Report on vaccination in Madras 1904-1921 - 1904-1921
Year: 1904
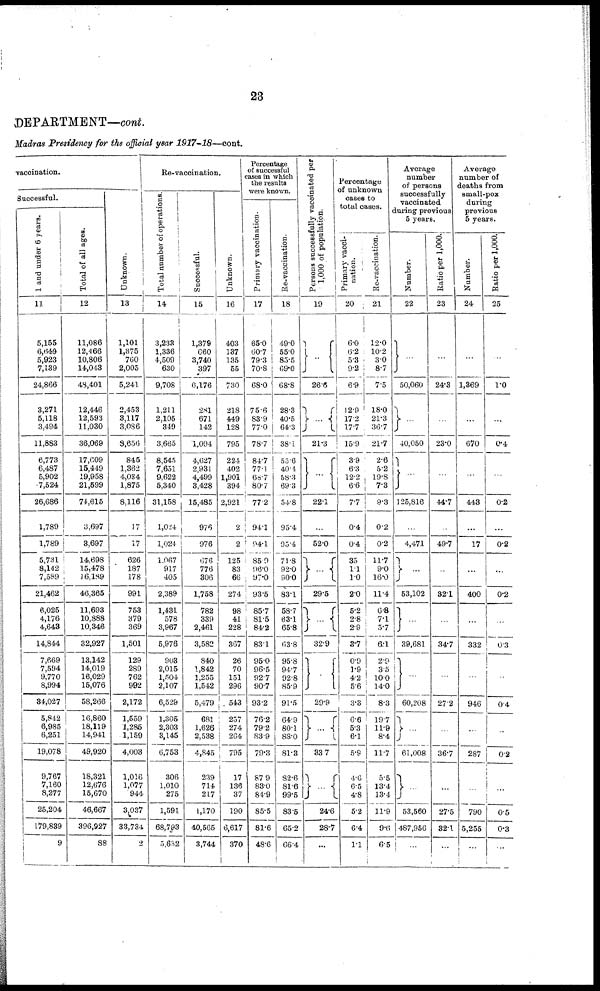
23
DEPARTMENT—cont.
Madras Presidency for the official year 1917-18—cont.
vaccination.
Successful.
1 and under 6 years.
11
5,155
6,649
5,923
7,139
24,866
3,271
5,118
3,494
11,883
6,773
6,487
5,902
7,524
26,686
1,789
1,789
5,731
8,142
7,589
21,462
6,025
4,176
4,643
14,844
7,669
7,594
9,770
8,994
34,027
5,842
6,985
6,251
19,078
9,767
7,160
8,277
25,204
179,839
9
Total of all ages.
12
11,086
12,466
10,806
14,043
43,401
12,446
12,593
11,030
36,069
17,609
15,449
19,958
21,599
74,615
3,697
3,697
14,698
15,478
16,189
46,365
11,693
10,888
10,346
32,927
13,142
14,019
16,029
15,076
58,266
16,860
18,119
14,941
49,920
18,321
12,676
15,670
46,667
396,927
88
Unknown.
13
1,101
1,375
760
2,005
5,241
2,453
3,117
3,086
8,656
845
1,362
4,034
1,875
8,116
17
17
626
187
178
991
753
379
369
1,501
129
289
762
992
2,172
1,559
1,285
1,159
4,003
1,016
1,077
944
3,037
33,734
2
Re-vaccination.
Total number of operations.
14
3,233
1,336
4,509
630
9,708
1,311
2,105
349
3,665
8,545
7,651
9,622
5,340
31,158
1,024
1,024
1,067
917
405
2,389
1,431
578
3,967
5,976
903
2,015
1,504
2,107
6,529
1,305
2,303
3,145
6,753
306
1,010
275
1,591
68,793
5,632
Successful.
15
1,379
660
3,740
397
6,176
281
671
142
1,094
4,627
2,931
4,499
3,428
15,485
976
976
676
776
306
1,758
782
339
2,461
3,582
840
1,842
1,255
1,542
5,479
681
1,626
2,538
4,845
239
714
217
1,170
40,565
3,744
Unknown.
16
403
137
135
55
730
218
449
128
795
224
402
1,901
394
2,921
2
2
125
83
66
274
98
41
228
367
26
70
151
296
543
257
274
264
795
17
136
37
190
6,617
370
Percentage
of successful
cases in which
the results
were known.
Primary vaccination.
17
65.0
60.7
79.3
70.8
68.0
75.6
83.9
77.0
78.7
84.7
77.1
68.7
80.7
77.2
94.1
94.1
85.0
96.0
97.0
93.5
85.7
81.5
84.2
83.1
95.0
96.5
92.7
90.7
93.2
76.2
79.2
83.9
79.3
87.9
83.0
84.9
85.5
81.6
48.6
Re-vaccination.
18
49.0
55.0
85.5
69.0
68.8
28.3
40.5
64.3
38.1
53.6
40.1
58.3
69.3
54.8
95.4
95.4
71.8
92.0
90.0
83.1
58.7
63.1
65.8
63.8
95.8
94.7
92.8
85.9
91.5
64.9
80.1
88.0
81.3
82.6
81.6
99.5
83.5
65.2
66.4
Persons successfully vaccinated per
1,000 of population.
19
...
26.6
...
21.3
...
22.1
...
52.0
...
29.5
...
32.9
...
29.9
...
33.7
...
24.6
28.7
...
Percentage
of unknown
cases to
total cases.
Primary vacci-
nation.
20
6.0
6.2
5.3
9.2
6.9
12.9
17.2
17.7
15.9
3.9
6.3
12.2
6.6
7.7
0.4
0.4
35
1.1
1.0
2.0
5.2
2.8
2.9
3.7
0.9
1.0
4.2
5.6
3.3
6.6
5.3
6.1
5.9
4.6
6.5
4.8
5.2
6.4
1.1
Re-vaccination.
21
12.0
10.2
3.0
8.7
7.5
18.0
21.3
36.7
21.7
2.6
5.2
19.8
7.3
9.3
0.2
0.2
11.7
9.0
16.0
11.4
6.8
7.1
5.7
6.1
2.9
3.5
10.0
14.0
8.3
19.7
11.9
8.4
11.7
5.5
13.4
13.4
11.9
9.6
6.5
Average
number
of persons
successfully
vaccinated
during previous
5 years.
Number.
22
...
50,060
...
40,050
...
125,816
...
4,471
...
53,102
...
39,681
...
60,208
...
61,008
...
53,560
487,956
...
Ratio per 1,000.
23
...
24.3
...
23.0
...
44.7
...
49.7
...
32.1
...
34.7
...
27.2
...
36.7
...
27.5
32.1
...
Average
number of
deaths from
small-pox
during
previous
5 years.
Number.
24
...
1,369
...
670
...
443
...
17
...
400
...
332
...
946
...
287
...
790
5,255
...
Ratio per 1,000.
25
...
1.0
...
0.4
...
0.2
...
0.2
...
0.2
...
0.3
...
0.4
...
0.2
...
0.5
0.3
...